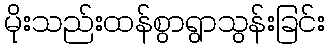
မိုးသည်းထန်စွာရွာသွန်းခြင်း